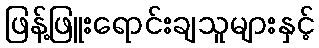
ဖြန့်ဖြူးရောင်းချသူများနှင့်